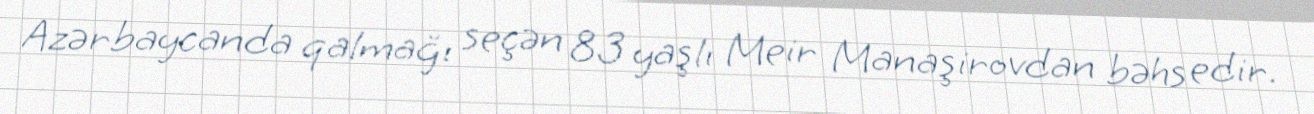
Azərbaycanda qalmağı seçən 83 yaşlı Meir Manaşirovdan bəhs edir.